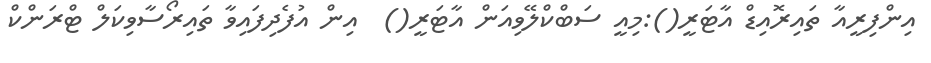
އިންފިރީއާ ތައިރޮއިޑް އާޓަރީ():މިއީ ސަބްކްލޭވިއަން އާޓަރީ()  އިން އުފެދިފައިވާ ތައިރޯސާވިކަލް ޓްރަންކް